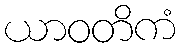
ယာဝတိကံ